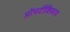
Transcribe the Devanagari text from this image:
प्रॉपर्टीशिवाय